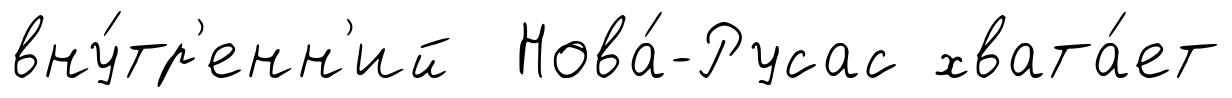
вну́тр'енн'ий Нова́-Русас хвата́ет